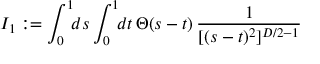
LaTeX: I _ { 1 } : = \int _ { 0 } ^ { 1 } \! \! d s \int _ { 0 } ^ { 1 } \! \! d t \, \Theta ( s - t ) \, { \frac { 1 } { [ ( s - t ) ^ { 2 } ] ^ { D / 2 - 1 } } }